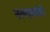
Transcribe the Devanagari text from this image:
नलदमयंती